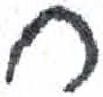
אות: ח